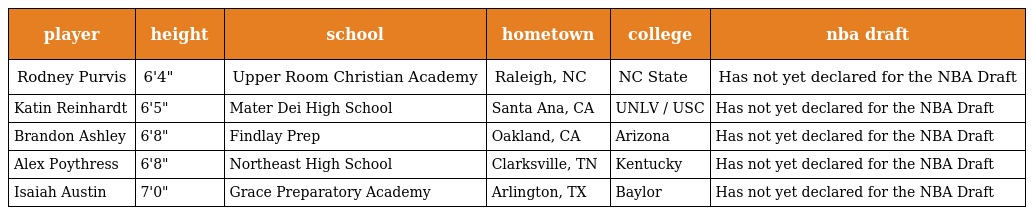
| player | height | school | hometown | college | nba draft |
 | --- | --- | --- | --- | --- | --- |
 | Rodney Purvis | 6'4" | Upper Room Christian Academy | Raleigh, NC | NC State | Has not yet declared for the NBA Draft |
 | Katin Reinhardt | 6'5" | Mater Dei High School | Santa Ana, CA | UNLV / USC | Has not yet declared for the NBA Draft |
 | Brandon Ashley | 6'8" | Findlay Prep | Oakland, CA | Arizona | Has not yet declared for the NBA Draft |
 | Alex Poythress | 6'8" | Northeast High School | Clarksville, TN | Kentucky | Has not yet declared for the NBA Draft |
 | Isaiah Austin | 7'0" | Grace Preparatory Academy | Arlington, TX | Baylor | Has not yet declared for the NBA Draft |